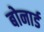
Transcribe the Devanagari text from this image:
बोनार्ड